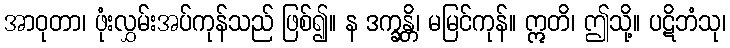
အာဝုတာ၊ ဖုံးလွှမ်းအပ်ကုန်သည် ဖြစ်၍။ န ဒက္ခန္တိ၊ မမြင်ကုန်။ ဣတိ၊ ဤသို့။ ပဋိဘံသု၊